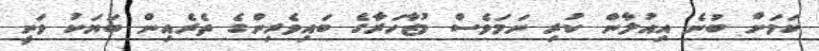
ކަމަށް ބުނެ އިއުލާން ކުރި ނަމަވެސް މުޒާހަރާގެ ބައިވެރިންގެ ތެރެއިން ބަޔަކު ވަނީ